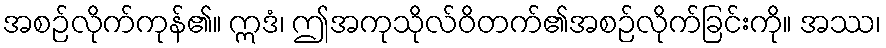
အစဉ်လိုက်ကုန်၏။ ဣဒံ၊ ဤအကုသိုလ်ဝိတက်၏အစဉ်လိုက်ခြင်းကို။ အဿ၊